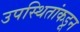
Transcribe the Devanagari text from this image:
उपस्थितांकडून